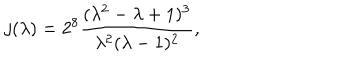
j ( \lambda ) = 2 ^ { 8 } \frac { ( \lambda ^ { 2 } - \lambda + 1 ) ^ { 3 } } { \lambda ^ { 2 } ( \lambda - 1 ) ^ { 2 } } ,